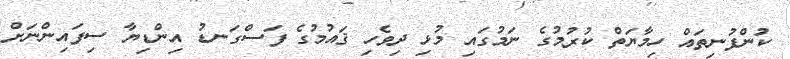
ކުންފުނިތައް ހިމާޔަތް ކުރުމުގެ ނަމުގައި މުޅި ދިވެހި ޤައުމުގެ ފަސްގަނޑު އިންޑިޔާ ސިފައިންނަށް